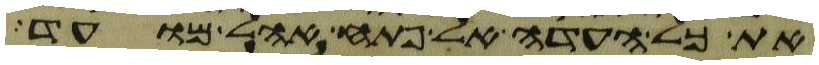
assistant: את כל העדה אל פתח אהל מועד